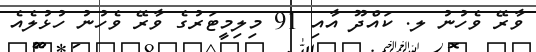
ވާރޭ ވެހުނު ލ. ކައްދޫ އާއި 91 މިލިމީޓަރުގެ ވާރޭ ވެހުނު ހުޅުލެއެ